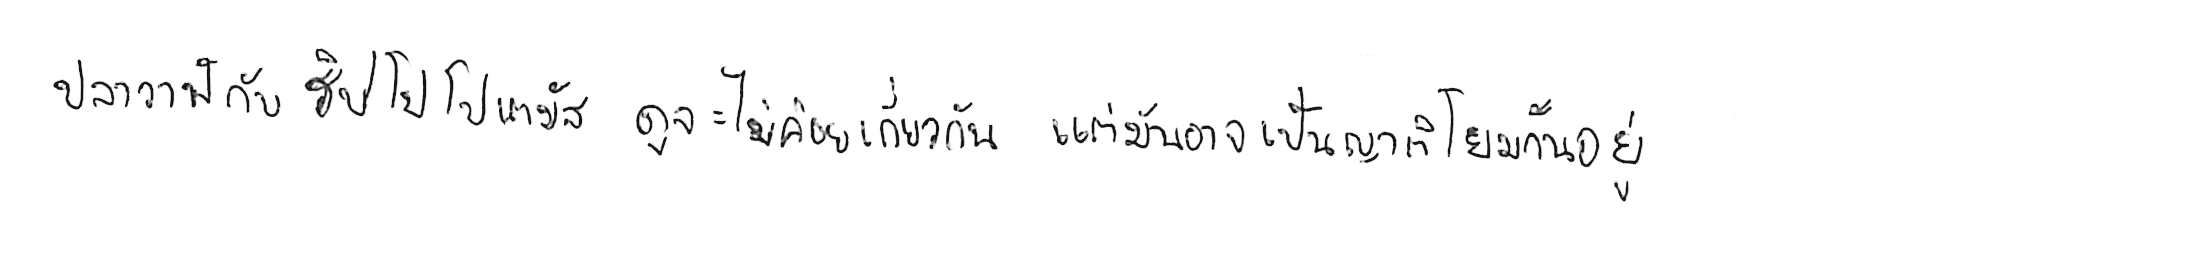
ปลาวาฬ กับ ฮิปโปโปเตมัส ดูจะไม่ค่อยเกี่ยวกัน แต่มันอาจเป็นญาติโยมกันอยู่